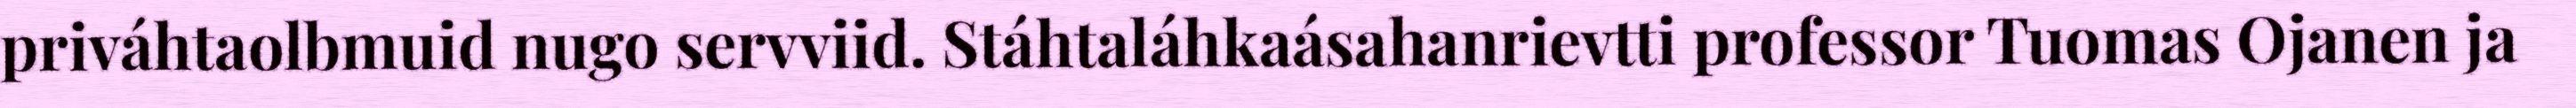
priváhtaolbmuid nugo servviid. Stáhtaláhkaásahanrievtti professor Tuomas Ojanen ja